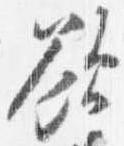
欲